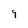
Character: 9